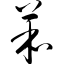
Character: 苯